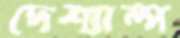
দেশ্যাম্প